Sanitation, dispensaries and jails vaccination Rajputana 1922-1927 - 1922-1927
Year: 1922
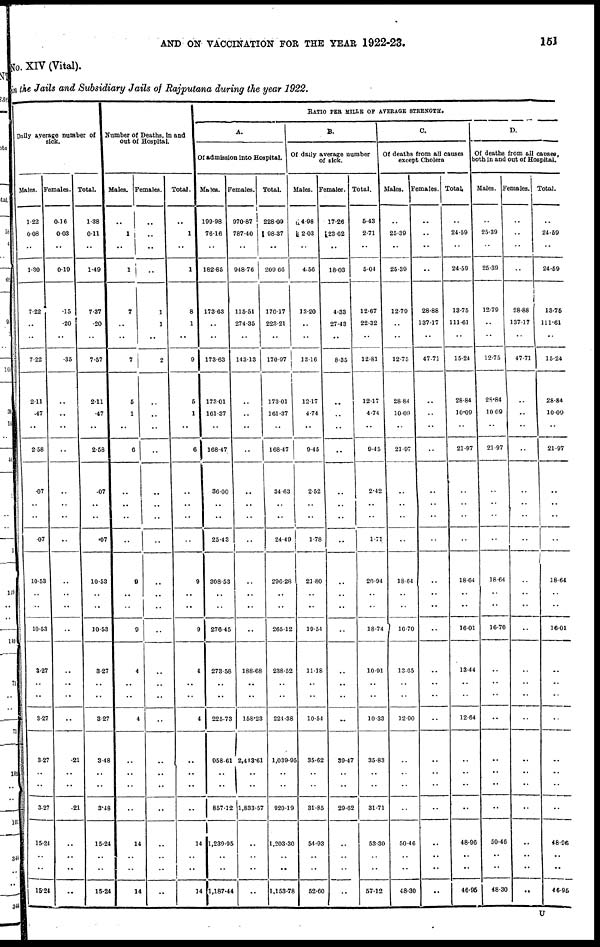
AND ON VACCINATION FOR THE YEAR 1922-23.
151
No. XIV (Vital).
in the Jails and Subsidiary Jails of Rajputana during the year 1922.
Daily average number of sick.
Males.
1.22
0.08
..
1.30
7.22
..
..
7.22
2.11
.47
..
2.58
.07
..
..
.07
10.53
..
..
10.53
3.27
..
..
3.27
3.27
..
..
3.27
15.24
..
..
15.24
Females.
0.16
0.03
..
0.19
.15
.20
..
.35
..
..
..
..
..
..
..
..
..
..
..
..
..
..
..
..
.21
..
..
.21
..
..
..
..
Total.
1.38
0.11
..
1.49
7.37
.20
..
7.57
2.11
.47
..
2.58
.07
..
..
.07
10.53
..
..
10.53
3.27
..
..
3.27
3.48
..
..
3.48
15.24
..
..
15.24
Number of Deaths, in and
out of Hospital.
Males.
..
1
..
1
7
..
..
7
5
1
..
6
..
..
..
..
9
..
..
9
4
..
..
4
..
..
..
..
14
..
..
14
Females.
..
..
..
..
1
1
..
2
..
..
..
..
..
..
..
..
..
..
..
..
..
..
..
..
..
..
..
..
..
..
..
..
Total.
..
1
..
1
8
1
..
9
5
1
..
6
..
..
..
..
9
..
..
9
4
..
..
4
..
..
..
..
14
..
..
14
RATIO PER MILLS OF AVERAGE STRENGTH.
A.
Of admission into Hospital.
Males.
199.98
76.16
..
182.85
173.63
..
..
173.63
173.01
161.37
..
168.47
30.00
..
..
25.43
308.53
..
..
276.45
273.58
..
..
225.73
958.61
..
..
857.12
1,239.95
..
..
1,187.44
Females.
970.87
787.40
..
948.76
115.51
274.35
..
143.13
..
..
..
..
..
..
..
..
..
..
..
..
188.68
..
..
158.23
2,413.61
..
..
1,833.57
..
..
..
..
Total.
228.09
98.37
..
209.66
170.47
223.21
..
170.97
173.01
161.37
..
168.47
34.63
..
..
24.49
296.28
..
..
265.12
238.52
..
..
224.38
1,039.95
..
..
920.19
1,203.30
..
..
1,153.78
B.
Of daily average number
of sick.
Males.
114.98
2.03
..
4.56
13.20
..
..
13.16
12.17
4.74
..
9.45
2.52
..
..
1.78
21.80
..
..
19.54
11.18
..
..
10.54
35.62
..
..
31.85
54.93
..
..
52.60
Females.
17.26
123.62
..
18.03
4.33
27.43
..
8.35
..
.. ..
..
..
..
..
..
..
..
..
..
..
..
..
..
39.47
..
..
29.62
..
..
..
..
Total.
5.43
2.71
..
5.04
12.67
22.32
..
12.81
12.17
4.74
..
9.45
2.42
..
..
1.71
20.94
..
..
18.74
10.91
..
..
10.33
35.83
..
..
31.71
53.30
..
..
57.12
C.
Of deaths from all causes
except Cholera
Males.
..
25.39
..
25.39
12.79
..
..
12.75
28.84
10.00
..
21.97
..
..
..
..
18.64
..
..
16.70
13.65
..
..
12.90
..
..
..
..
50.46
..
..
48.30
Females.
..
..
..
..
28.88
137.17
..
47.71
..
..
..
..
..
..
..
..
..
..
..
..
..
..
..
..
..
..
..
..
..
..
..
..
Total.
..
24.59
..
24.59
13.75
111.61
..
15.24
28.84
10.09
..
21.97
..
..
..
..
18.64
..
..
16.01
13.44
..
..
12.64
..
..
..
..
48.96
..
..
46.95
D.
Of deaths from all causes,
both in and out of Hospital.
Males.
..
25.39
..
25.39
12.79
..
..
12.75
28.84
10.09
..
21.97
..
..
..
..
18.64
..
..
16.70
..
..
..
..
..
..
..
..
50.46
..
..
48.30
Females.
..
..
..
..
28.88
137.17
..
47.71
..
..
..
..
..
..
..
..
..
..
..
..
..
..
..
..
..
..
..
..
..
..
..
..
Total.
..
24.59
..
24.59
13.75
111.61
..
15.24
28.84
10.00
..
21.97
..
..
..
..
18.64
..
..
16.01
..
..
..
..
..
..
..
..
48.96
..
..
46.95
U